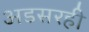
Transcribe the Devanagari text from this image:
अडसरही